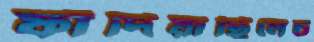
ফাঁদিয়াছিলেচ